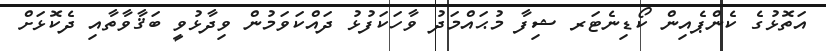
އަތޮޅުގެ ކެންޕެއިން ކޯޑިނެޓަރ ޝިފާ މުޙައްމަދު ވާހަކަފުޅު ދައްކަވަމުން ވިދާޅުވީ ބަޤާވާތާއި ދެކޮޅަށް